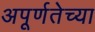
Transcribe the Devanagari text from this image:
अपूर्णतेच्या